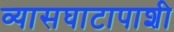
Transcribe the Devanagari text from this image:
व्यासघाटापाशी